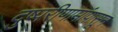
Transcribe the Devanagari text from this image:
दुष्परीणामांपासून